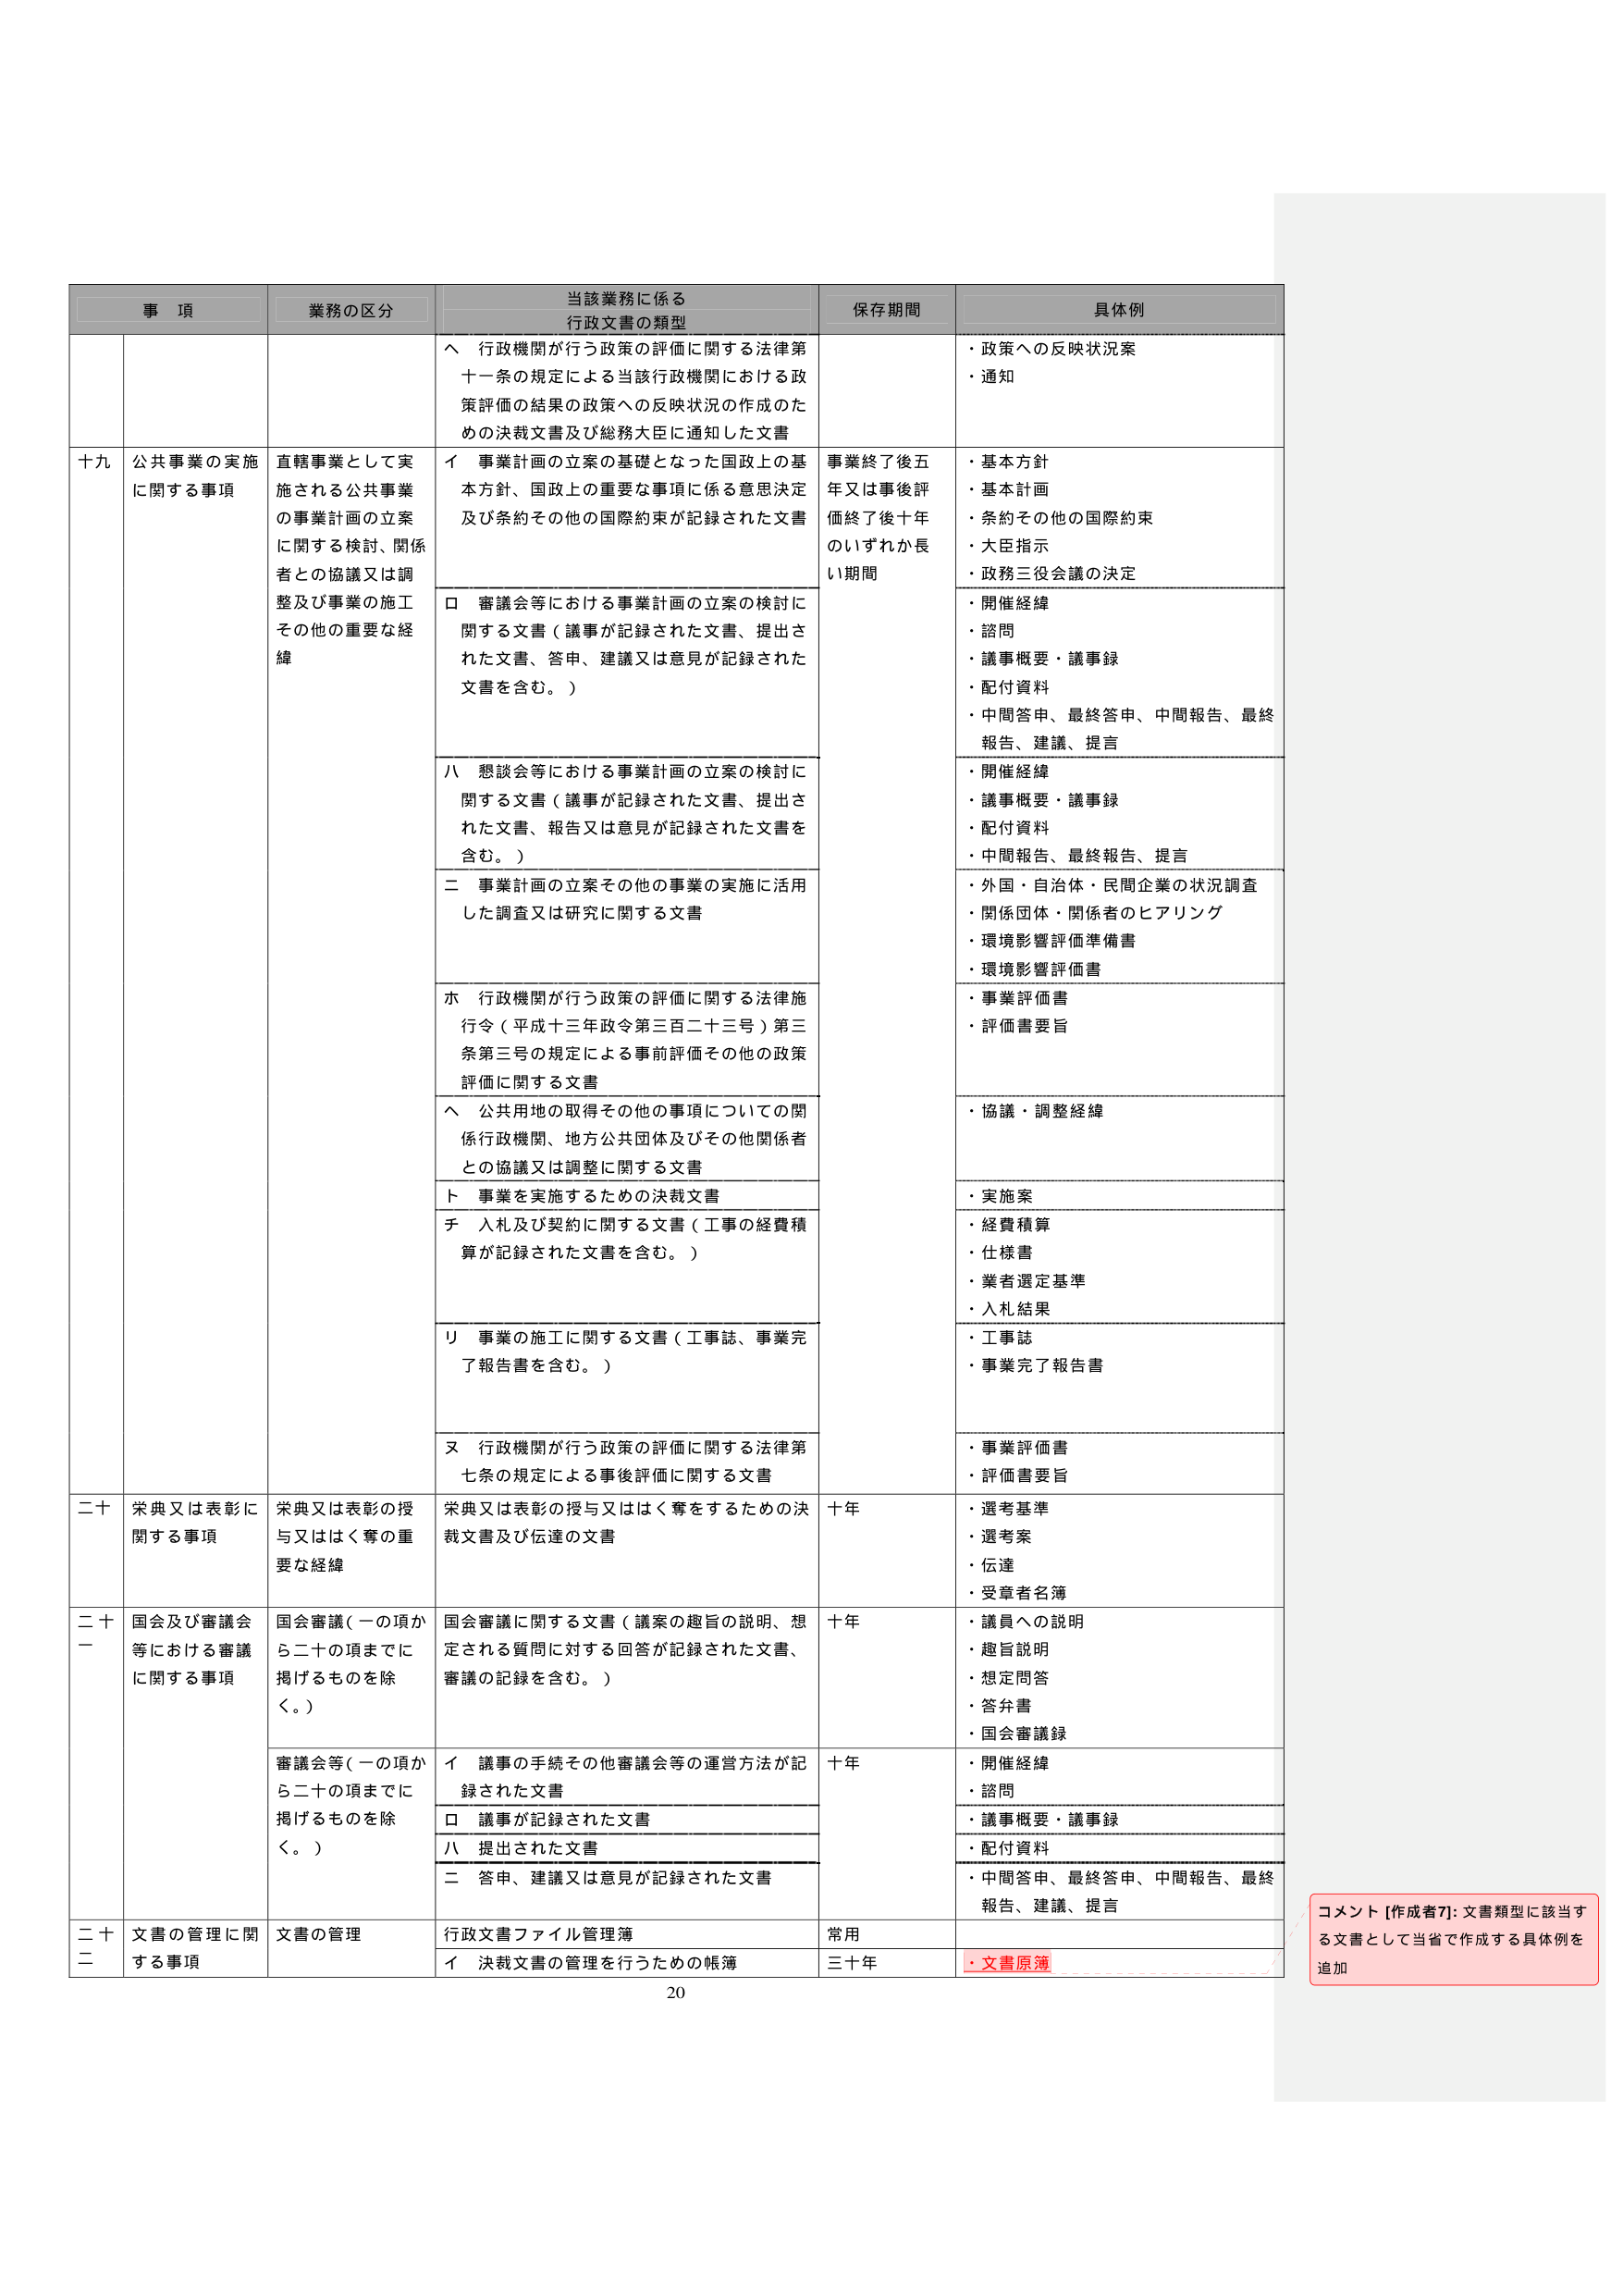
事 項
業務の区分
当該業務に係る
行政文書の類型
保存期間
具体例
へ 行政機関が行う政策の評価に関する法律第
十一条の規定による当該行政機関における政
策評価の結果の政策への反映状況の作成のた
めの決裁文書及び総務大臣に通知した文書
・政策への反映状況案
・通知
十九 公共事業の実施
に関する事項
直轄事業として実
施される公共事業
の事業計画の立案
に関する検討、関係
者との協議又は調
整及び事業の施工
その他の重要な経
緯
イ 事業計画の立案の基礎となった国政上の基
本方針、国政上の重要な事項に係る意思決定
及び条約その他の国際約束が記録された文書
事業終了後五
年又は事後評
価終了後十年
のいずれか長
い期間
・基本方針
・基本計画
・条約その他の国際約束
・大臣指示
・政務三役会議の決定
ロ 審議会等における事業計画の立案の検討に
関する文書（議事が記録された文書、提出さ
れた文書、答申、建議又は意見が記録された
文書を含む。）
・開催経緯
・諮問
・議事概要・議事録
・配付資料
・中間答申、最終答申、中間報告、最終
報告、建議、提言
八 懇談会等における事業計画の立案の検討に
関する文書（議事が記録された文書、提出さ
れた文書、報告又は意見が記録された文書を
含む。）
・開催経緯
・議事概要・議事録
・配付資料
・中間報告、最終報告、提言
二 事業計画の立案その他の事業の実施に活用
した調査又は研究に関する文書
・外国・自治体・民間企業の状況調査
・関係団体・関係者のヒアリング
・環境影響評価準備書
・環境影響評価書
ホ 行政機関が行う政策の評価に関する法律施
行令（平成十三年政令第三百二十三号）第三
条第三号の規定による事前評価その他の政策
評価に関する文書
・事業評価書
・評価書要旨
へ 公共用地の取得その他の事項についての関
係行政機関、地方公共団体及びその他関係者
との協議又は調整に関する文書
・協議・調整経緯
ト 事業を実施するための決裁文書
・実施案
チ 入札及び契約に関する文書（工事の経費積
算が記録された文書を含む。）
・経費積算
・仕様書
・業者選定基準
・入札結果
リ 事業の施工に関する文書（工事誌、事業完
了報告書を含む。）
・工事誌
・事業完了報告書
ヌ 行政機関が行う政策の評価に関する法律第
七条の規定による事後評価に関する文書
・事業評価書
・評価書要旨
二十 栄典又は表彰に
関する事項
栄典又は表彰の授
与又ははく奪の重
要な経緯
栄典又は表彰の授与又ははく奪をするための決
裁文書及び伝達の文書
十年
・選考基準
・選考案
・伝達
・受章者名簿
二十一 国会及び審議会
等における審議
に関する事項
国会審議（一の項か
ら二十の項までに
掲げるものを除
く。）
国会審議に関する文書（議案の趣旨の説明、想
定される質問に対する回答が記録された文書、
審議の記録を含む。）
十年
・議員への説明
・趣旨説明
・想定問答
・答弁書
・国会審議録
審議会等（一の項か
ら二十の項までに
掲げるものを除
く。）
イ 議事の手続その他審議会等の運営方法が記
録された文書
十年
・開催経緯
・諮問
ロ 議事が記録された文書
・議事概要・議事録
八 提出された文書
・配付資料
二 答申、建議又は意見が記録された文書
・中間答申、最終答申、中間報告、最終
報告、建議、提言
二十二 文書の管理に関
する事項
文書の管理
行政文書ファイル管理簿
常用
・文書原簿
イ 決裁文書の管理を行うための帳簿
三十年
コメント [作成者7]: 文書類型に該当す
る文書として当省で作成する具体例を
追加
20